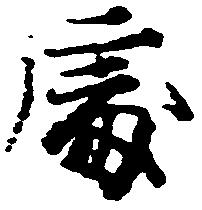
処